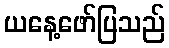
ယနေ့ဖော်ပြသည်